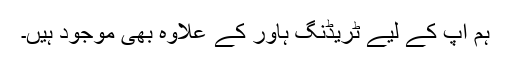
ہم آپ کے لیے ٹریڈنگ ہاور کے علاوہ بھی موجود ہیں۔